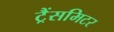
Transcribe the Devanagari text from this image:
ट्रैंसमिटर